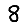
Digit: 8